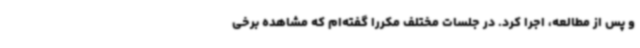
و پس از مطالعه، اجرا کرد. در جلسات مختلف مکررا گفته‌ام که مشاهده برخی